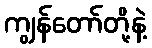
ကျွန်တော်တို့နဲ့